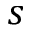
s